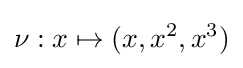
\nu :x\mapsto (x,x^{2},x^{3})